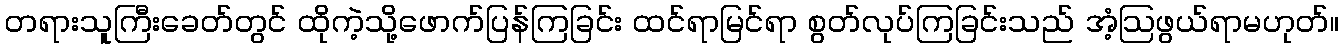
တရားသူကြီးခေတ်တွင် ထိုကဲ့သို့ဖောက်ပြန်ကြခြင်း ထင်ရာမြင်ရာ စွတ်လုပ်ကြခြင်းသည် အံ့ဩဖွယ်ရာမဟုတ်။